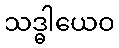
သဒ္ဓါယေဝ